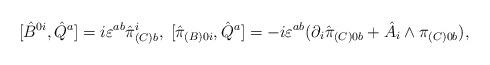
LaTeX: \begin{align*}[\hat {B}^{0i},\hat {Q}^a]=i\varepsilon^{ab}\hat{\pi}^i_{(C)b},\; [\hat {\pi}_{(B)0i},\hat {Q}^a]=-i\varepsilon^{ab}(\partial_i \hat\pi_{(C)0b}+\hat {A}_i\wedge\pi_{(C)0b}),\end{align*}